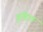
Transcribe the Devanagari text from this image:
डूडिल